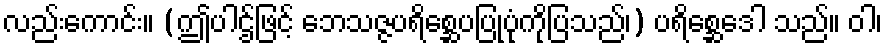
လည်းကောင်း။ (ဤပါဌ်ဖြင့် ဘေသဇ္ဇပရိစ္ဆေပပြုပုံကိုပြသည်၊) ပရိစ္ဆေဒေါ သည်။ ဝါ၊